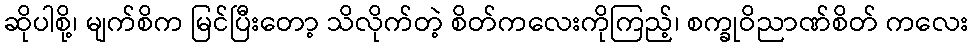
ဆိုပါစို့၊ မျက်စိက မြင်ပြီးတော့ သိလိုက်တဲ့ စိတ်ကလေးကိုကြည့်၊ စက္ခုဝိညာဏ်စိတ် ကလေး